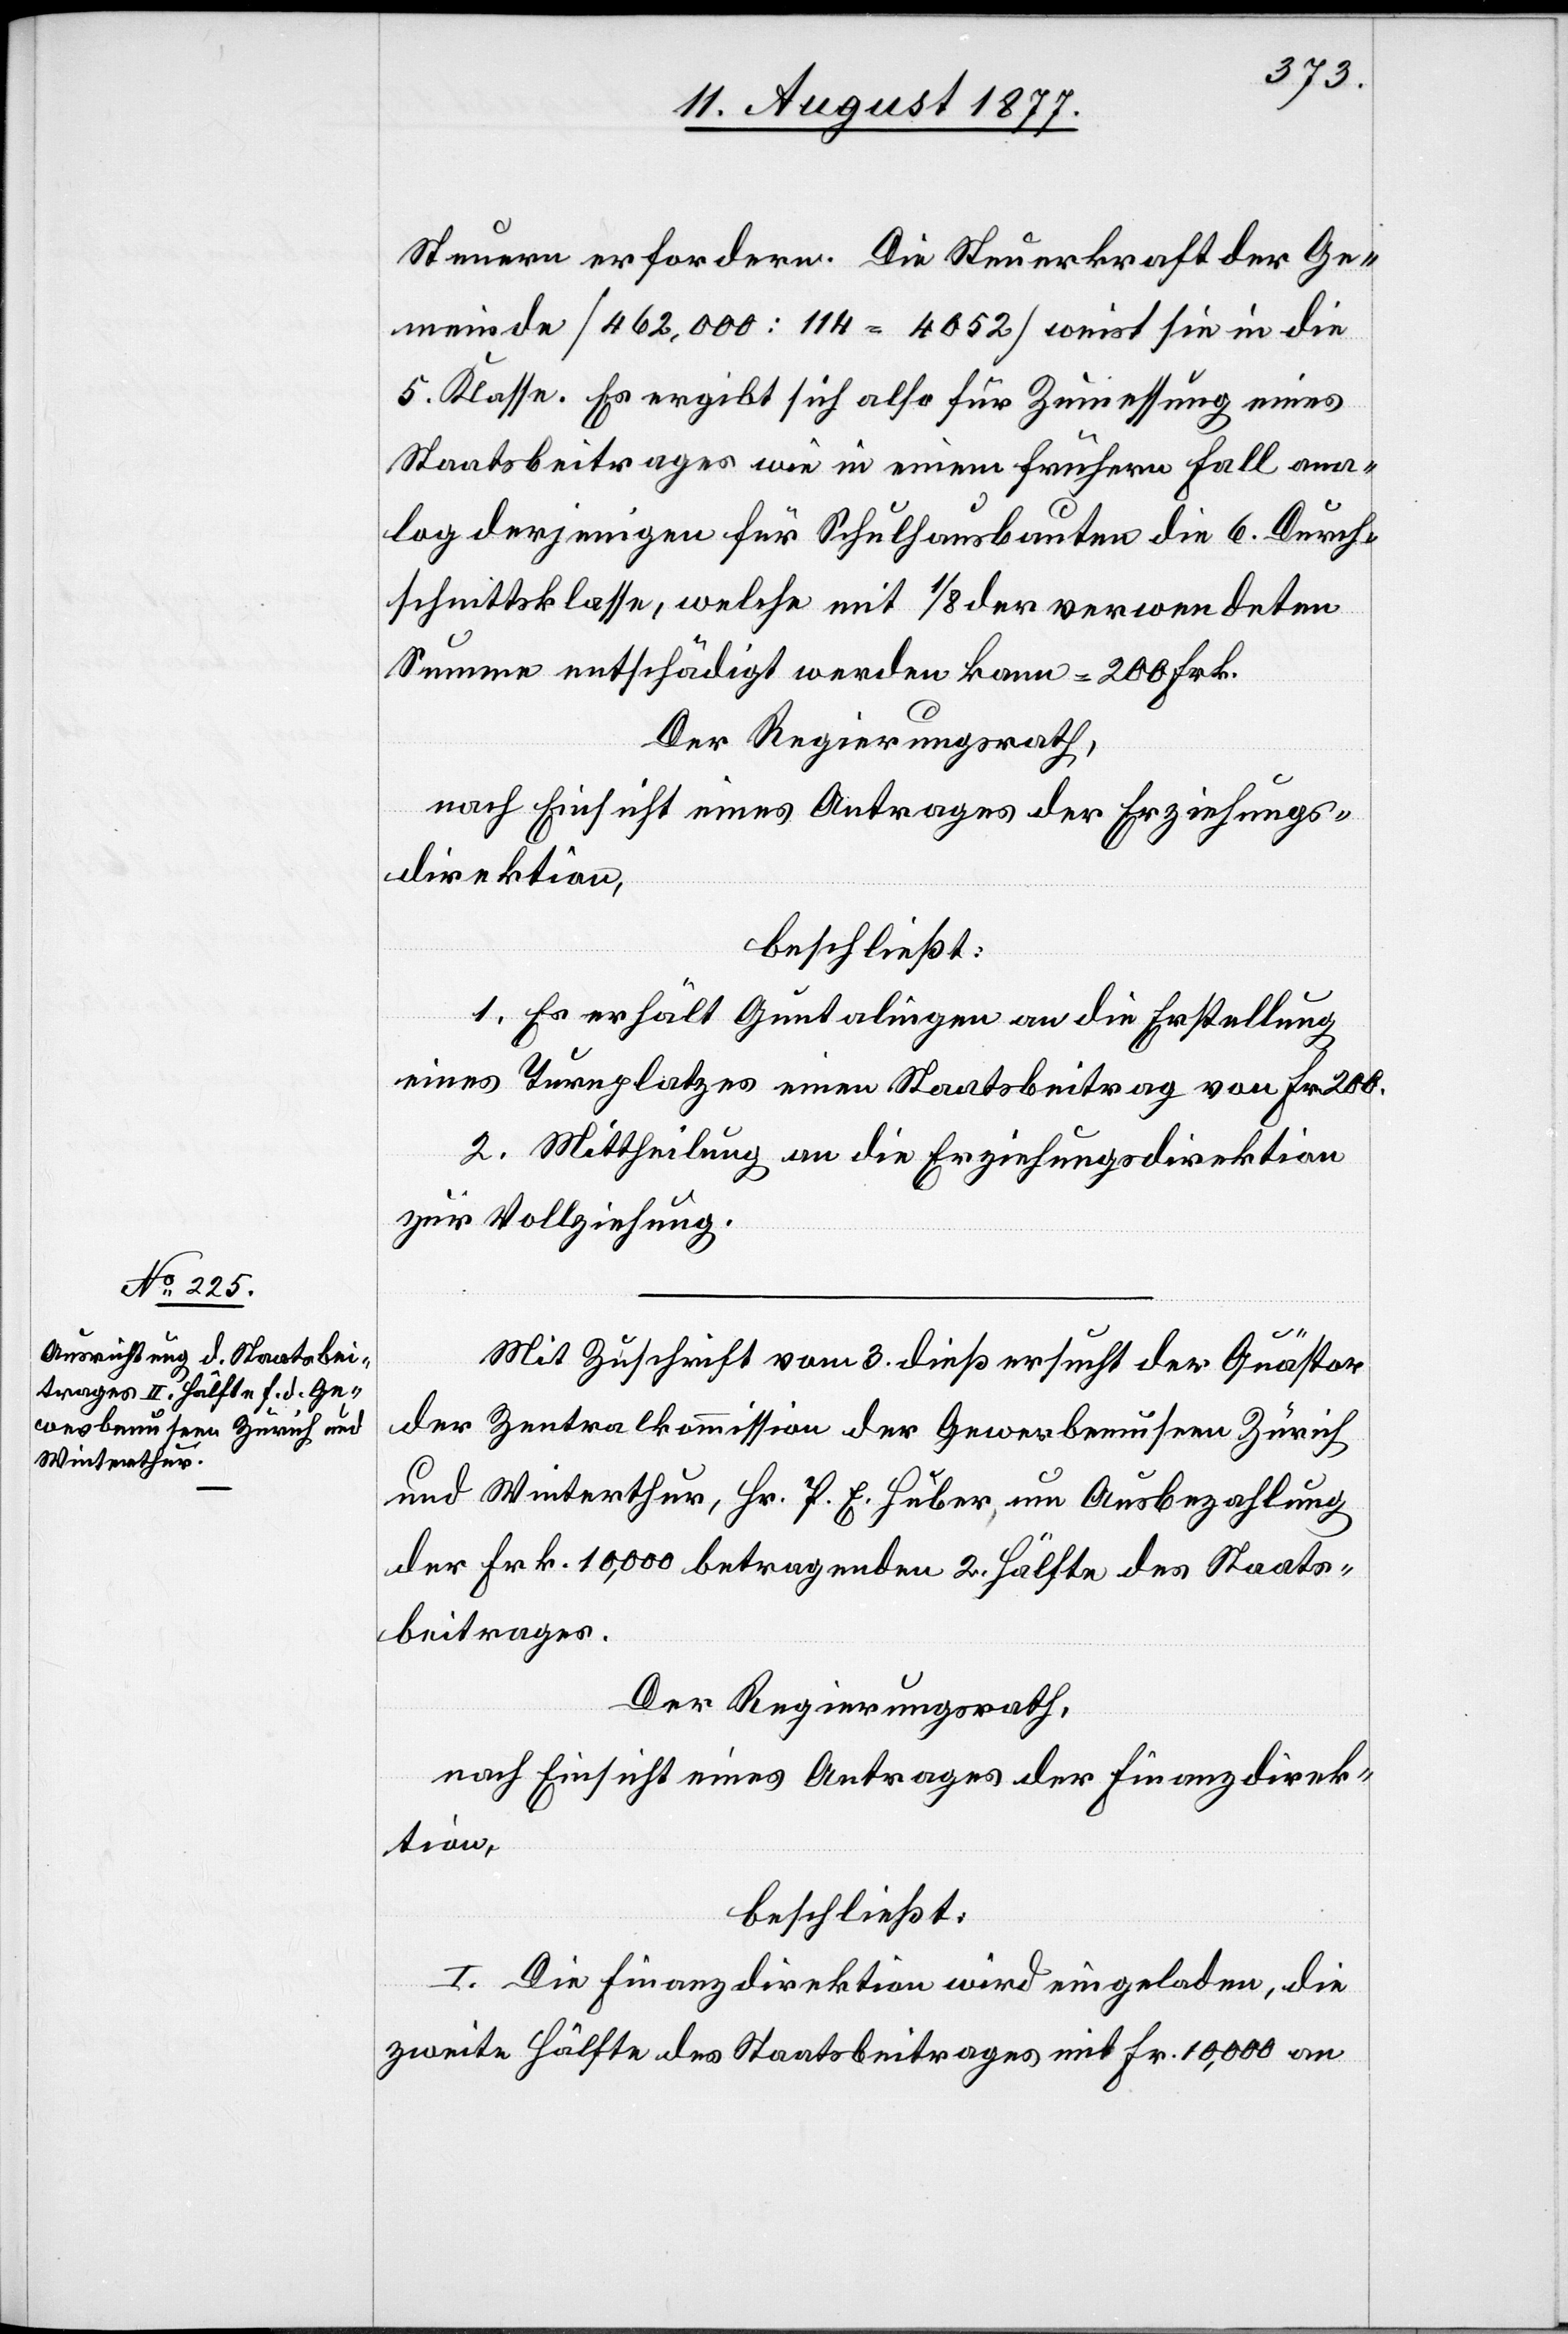
Steuern erfordern. Die Steuerkraft der Ge¬
meinde [462,000 : 114 = 4052] weist sie in die
5. Klasse. Es ergibt sich also für Zumessung eines
Staatsbeitrages wie in einem frühern Fall ana¬
log derjenigen für Schulhausbauten die 6. Durch¬
schnittsklasse, welche mit 1/8 der verwendeten
Summe entschädigt werden kann = 200 Frk.
Der Regierungsrath,
nach Einsicht eines Antrages der Erziehungs¬
direktion,
beschließt:
1. Es erhält Guntalingen an die Erstellung
eines Turnplatzes einen Staatsbeitrag von Fr. 200.
2. Mittheilung an die Erziehungsdirektion
zur Vollziehung.
Mit Zuschrift vom 3. dieß ersucht der Quästor
der Zentralkommission der Gewerbemuseen Zürich
und Winterthur, Hr. P. E. Huber, um Ausbezahlung
der Frk. 10,000 betragenden 2. Hälfte des Staats¬
beitrages.
Der Regierungsrath,
nach Einsicht eines Antrages der Finanzdirek¬
tion,
beschließt:
I. Die Finanzdirektion wird eingeladen, die
zweite Hälfte des Staatsbeitrages mit Fr. 10,000 an